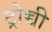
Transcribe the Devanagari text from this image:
ट्रोच्ची